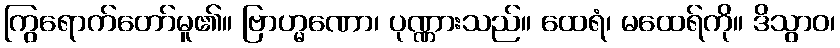
ကြွရောက်တော်မူ၏။ ဗြာဟ္မဏော၊ ပုဏ္ဏားသည်။ ထေရံ၊ မထေရ်ကို။ ဒိသွာဝ၊